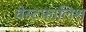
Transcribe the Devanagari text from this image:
वेस्टफालिश